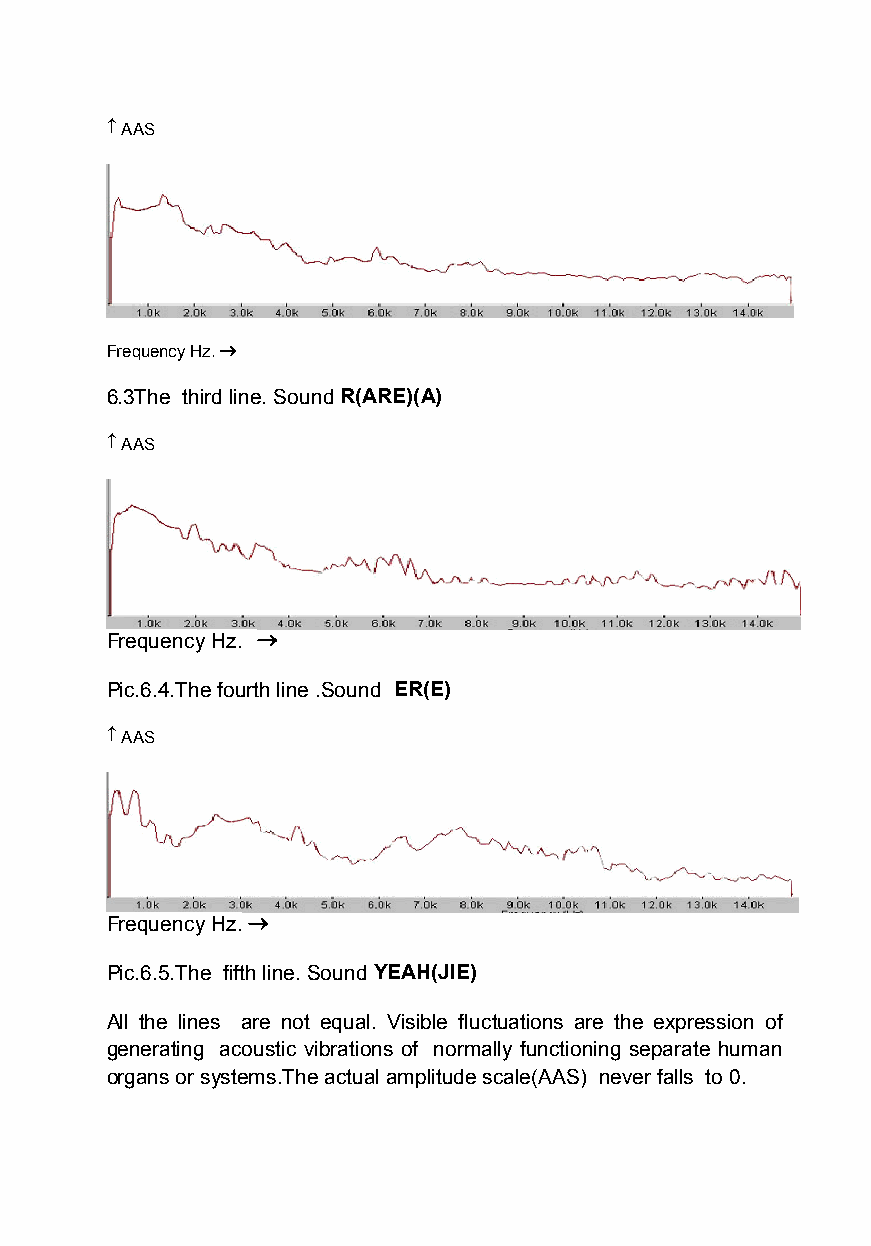
 AAS
 Frequency Hz.
 6.3The third line. SoundR(ARE)(A)
  AAS
 Frequency Hz. 
 Pic.6.4.The fourth line .Sound ER(E)
  AAS
 Frequency Hz.
 Pic.6.5.The fifth line. SoundYEAH(JIE)
 All the lines are not equal. Visible fluctuations are the expression of
 generating acoustic vibrations of normally functioning separate human
 organs or systems.The actual amplitude scale(AAS) never falls to 0.